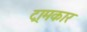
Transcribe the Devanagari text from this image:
ट्रामकार